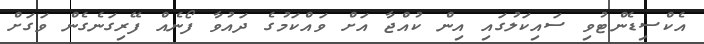
އެކްސިޑެންޓުވި ސައިކަލުގައި އިން ކުއްޖާ އަށް ވައްކަމުގެ ދައުވާ ފޯނެއް ފޭރިގަނެގެން ވަގަށް